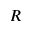
R